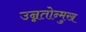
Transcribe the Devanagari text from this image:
उन्नतोन्मुख